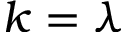
k = \lambda